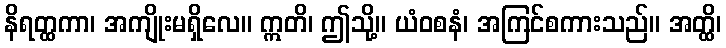
နိရတ္ထကာ၊ အကျိုးမရှိလေ။ ဣတိ၊ ဤသို့။ ယံဝစနံ၊ အကြင်စကားသည်။ အတ္ထိ၊